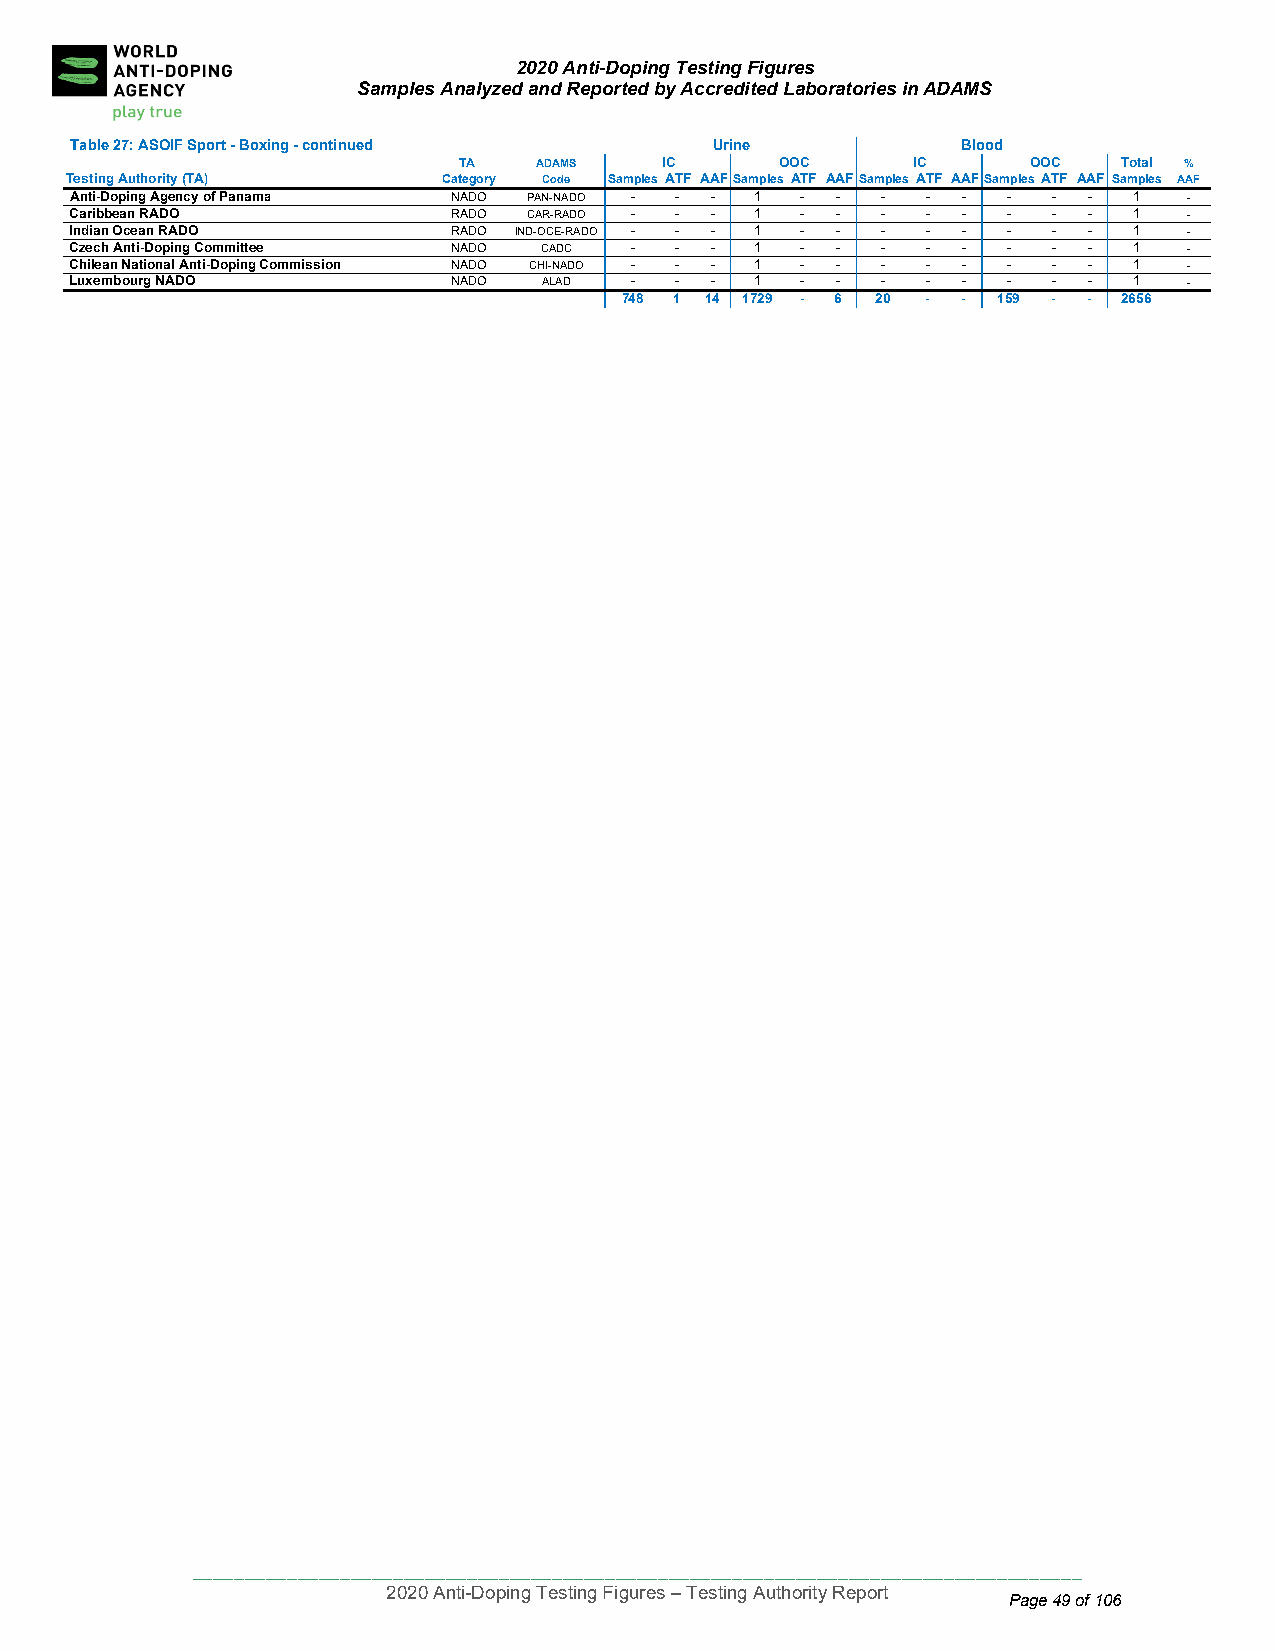
2020 Anti-Doping Testing Figures
 Samples Analyzed and Reported by Accredited Laboratories in ADAMS
 Table 27: ASOIF Sport - Boxing - continued Urine           Blood
 TA    ADAMS   IC      OOC     IC      OOC   Total %
 Testing Authority (TA)   Category Code Samples ATF AAFSamples ATF AAFSamples ATF AAFSamples ATF AAF Samples AAF
 Anti-Doping Agenc y of Panama NADO PAN-NADO - - - 1 - - - - - -  - -  1   -
 Caribbean RADO           RADO CAR-RADO - - - 1  - -  -  -  -  -  - -  1   -
 Indian Ocean RAD O       RADO IND-OCE-RADO - - - 1 - - - - -  -  - -  1   -
 Czech Anti-Doping Committee NADO CADC - - -  1  - -  -  -  -  -  - -  1   -
 Chilean National Anti-Doping Commission NADO CHI-NADO - - - 1 - - - - - - - - 1 -
 Luxembourg NADO          NADO  ALAD  -  - -  1  - -  -  -  -  -  - -  1   -
 748 1 14 1729 - 6 20 - - 159 - - 2656
 ____________________________________________________________________________________
 2020 Anti-Doping Testing Figures – Testing Authority Report
 Page 49 of 106